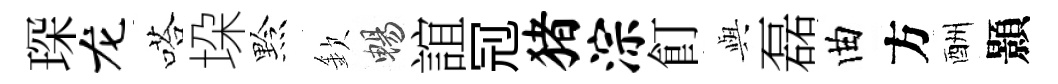
琛龙嗒垜黔欽暢誼𠜍猪淙飣𫤰磊曲方酬顥